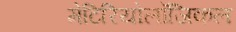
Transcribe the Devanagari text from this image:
मेटिरियोलॉजिकल